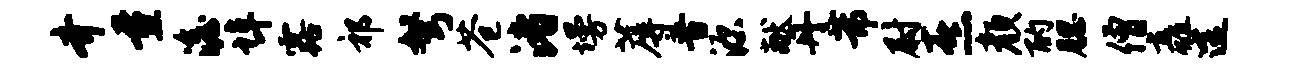
齐量澹埠露祁弩苍渚墁蓐普源献丹芾尉熹颜酌腮僧矗途